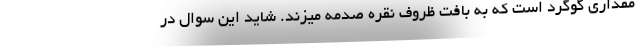
مقداری گوگرد است که به بافت ظروف نقره صدمه میزند. شاید این سوال در